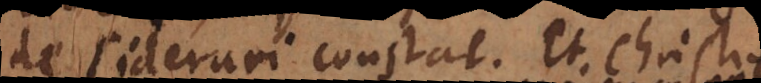
desiderari constat. Et Christus